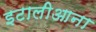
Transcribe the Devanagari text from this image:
इटालीआना